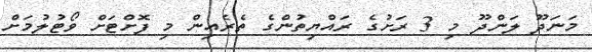
މަނަދޫ ލަންދޫ މި 3 ރަށުގެ ރައްޔިތުންގެ ތެރެއިން މި ފޮށްޓަށް ވޯޓުލުމަށް